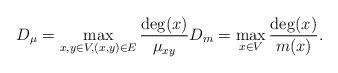
LaTeX: \begin{align*}D_\mu = \max_{x,y \in V, (x,y)\in E}\frac{\deg(x)}{\mu_{xy}} D_m = \max_{x \in V} \frac{\deg(x)}{m(x)}.\end{align*}